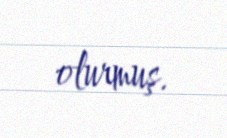
olurmuş.